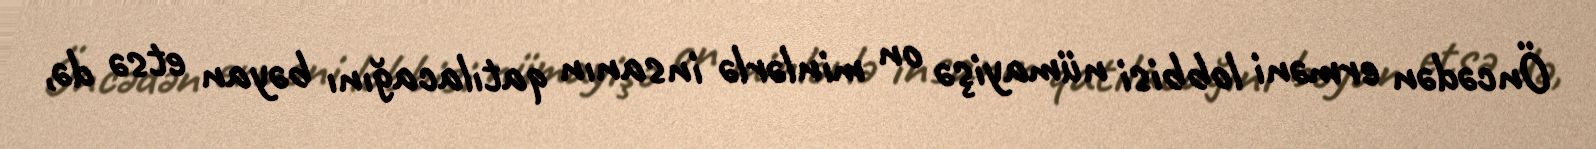
Öncədən erməni lobbisi nümayişə on minlərlə insanın qatılacağını bəyan etsə də,